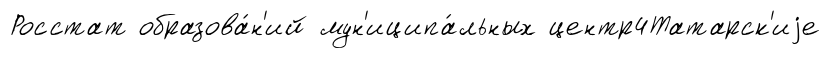
Росстат образова́н'ий мун'иципа́льных центр4Татарск'иjе